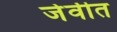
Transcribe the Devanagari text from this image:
जेवीत